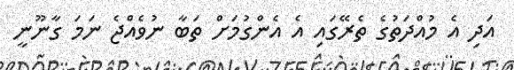
އަދި އެ މުއްދަތުގެ ތެރޭގައި އެ އެންގުމަށް ތަބާ ނުވެއްޖެ ނަމަ ގާނޫނީ